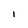
Character: l